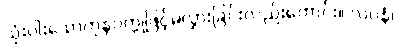
သုံးပါးသောကုနဝတ္တုဖြင့်မလွှားခြင်းလည်းကောင်း။ လပနံ၊